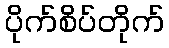
ပိုက်စိပ်တိုက်